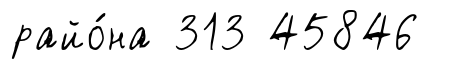
райо́на 313 45846